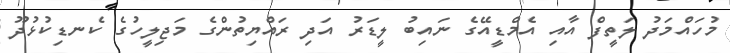
މުހައްމަދު ލަތީފް އާއި އެމްޑީއޭގެ ނައިބު ލީޑަރު އަދި ރައްޔިތުންގެ މަޖިލީހުގެ ކެނޑިކުޅުދޫ